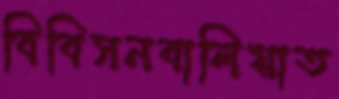
বিবিসনবালিয়াত